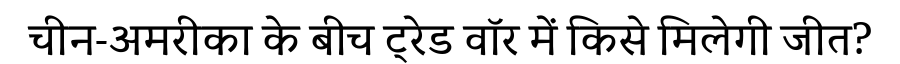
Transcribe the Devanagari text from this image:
चीन-अमरीका के बीच ट्रेड वॉर में किसे मिलेगी जीत?